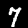
Label: 7